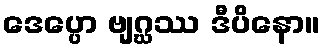
ဒေပ္ပော ဗျဂ္ဃဿ ဒီပိနော။